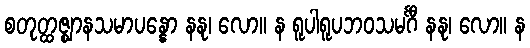
စတုတ္ထဇ္ဈာနသမာပန္နော နနု၊ လော။ န ရူပါရူပဘဝသမင်္ဂီ နနု၊ လော။ န